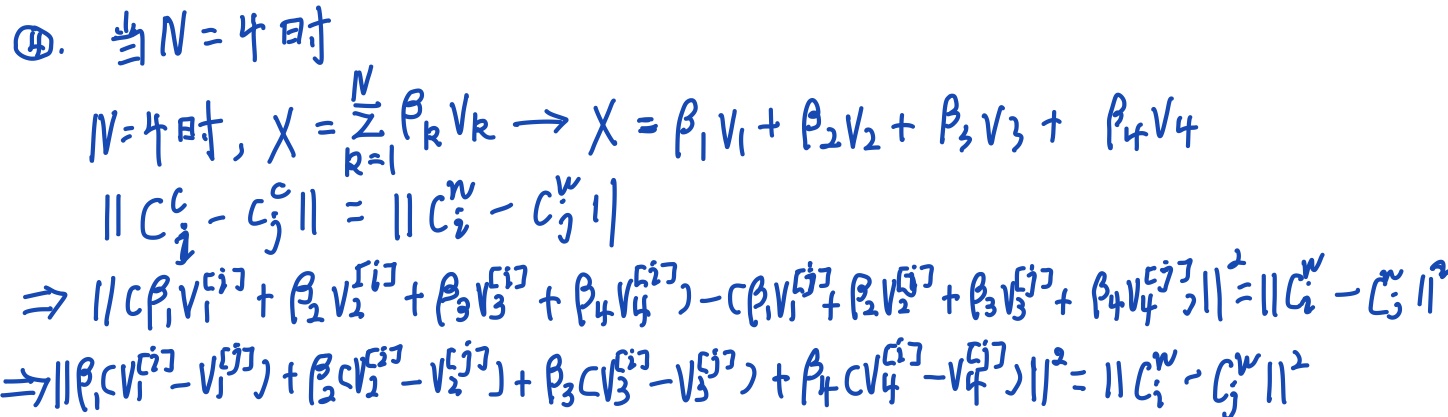
\textcircled{14}. 当\(N = 4\)时，
\[
\begin{align*}
&N = 4\text{时}, X=\sum_{k = 1}^{N}\beta_{k}V_{k} \to X=\beta_{1}V_{1}+\beta_{2}V_{2}+\beta_{3}V_{3}+\beta_{4}V_{4}\\
&||C_{i}^{c}-C_{j}^{c}|| = ||C_{i}^{w}-C_{j}^{w}||\\
\Rightarrow& ||(\beta_{1}V_{1}^{[i]}+\beta_{2}V_{2}^{[i]}+\beta_{3}V_{3}^{[i]}+\beta_{4}V_{4}^{[i]})-(\beta_{1}V_{1}^{[j]}+\beta_{2}V_{2}^{[j]}+\beta_{3}V_{3}^{[j]}+\beta_{4}V_{4}^{[j]})|| = ||C_{i}^{w}-C_{j}^{w}||\\
\Rightarrow&||\beta_{1}(V_{1}^{[i]}-V_{1}^{[j]})+\beta_{2}(V_{2}^{[i]}-V_{2}^{[j]})+\beta_{3}(V_{3}^{[i]}-V_{3}^{[j]})+\beta_{4}(V_{4}^{[i]}-V_{4}^{[j]})|| = ||C_{i}^{w}-C_{j}^{w}||
\end{align*}
\]